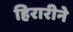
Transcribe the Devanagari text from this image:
हिरारीने